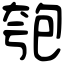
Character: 匏